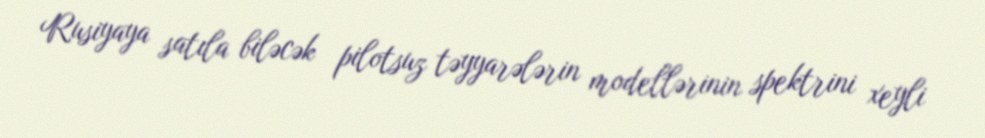
Rusiyaya satıla biləcək pilotsuz təyyarələrin modellərinin spektrini xeyli